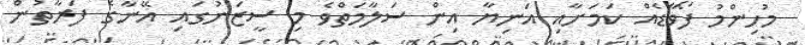
މުހިންމު ފޯވާޑެއް ކަމަށާއި އަނިޔާ އިން ސަލާމަތްވެ މި ސީޒަނުގައި އޭނާގެ ފަރާތުން